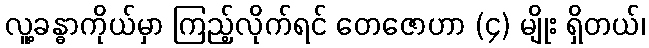
လူ့ခန္ဓာကိုယ်မှာ ကြည့်လိုက်ရင် တေဇောဟာ (၄) မျိုး ရှိတယ်၊